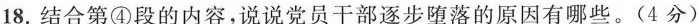
18.结合第④段的内容，说说党员干部逐步堕落的原因有哪些。(4分)